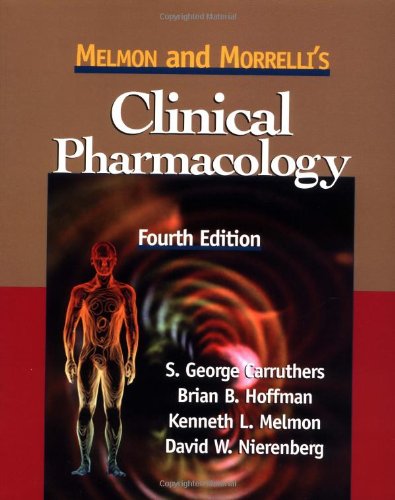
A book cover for Melmon and Morrelli's Clinical Pharmacology; S. Carruthers; Medical Books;